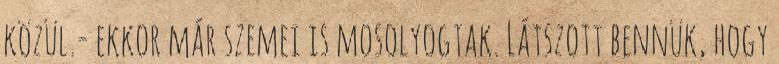
közül.- ekkor már szemei is mosolyogtak. Látszott bennük, hogy